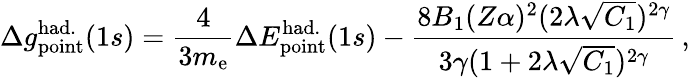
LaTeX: \Delta{g}_{\mathrm{point}}^{\mathrm{had.}}(1s)=\frac{4}{3m_{\mathrm{e}}}\Delta{E}_{\mathrm{point}}^{\mathrm{had.}}(1s)-\frac{8B_{1}(Z\alpha)^{2}(2\lambda\sqrt{C_{1}})^{2\gamma}}{3\gamma(1+2\lambda\sqrt{C_{1}})^{2\gamma}}\, ,